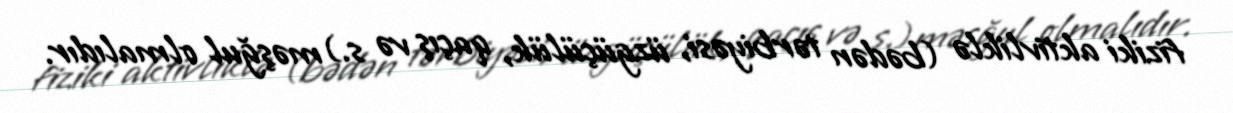
fiziki aktivliklə (bədən tərbiyəsi, üzgüçülük, qaçış və s.) məşğul olmalıdır.